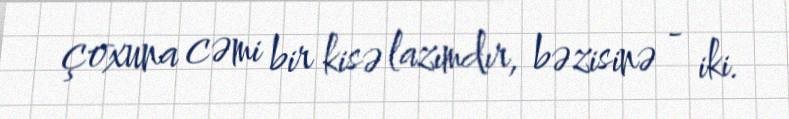
çoxuna cəmi bir kisə lazımdır, bəzisinə - iki.